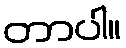
တာပါ။